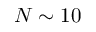
N \sim 1 0